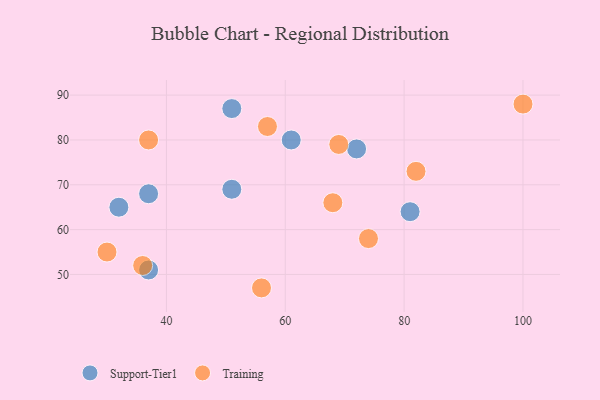
{"axis": {"x": "GDP", "y": "Life Expectancy"}, "legend": ["Support-Tier1", "Training"], "data": [{"x": "37", "y": 68, "type": "Support-Tier1"}, {"x": "72", "y": 78, "type": "Support-Tier1"}, {"x": "81", "y": 64, "type": "Support-Tier1"}, {"x": "32", "y": 65, "type": "Support-Tier1"}, {"x": "37", "y": 51, "type": "Support-Tier1"}, {"x": "51", "y": 69, "type": "Support-Tier1"}, {"x": "61", "y": 80, "type": "Support-Tier1"}, {"x": "51", "y": 87, "type": "Support-Tier1"}, {"x": "74", "y": 58, "type": "Training"}, {"x": "100", "y": 88, "type": "Training"}, {"x": "57", "y": 83, "type": "Training"}, {"x": "30", "y": 55, "type": "Training"}, {"x": "68", "y": 66, "type": "Training"}, {"x": "36", "y": 52, "type": "Training"}, {"x": "82", "y": 73, "type": "Training"}, {"x": "56", "y": 47, "type": "Training"}, {"x": "69", "y": 79, "type": "Training"}, {"x": "37", "y": 80, "type": "Training"}]}